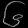
Digit: ၆